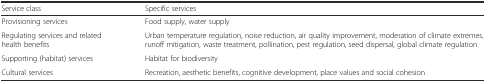
<table><thead><tr><td><b>Service class</b></td><td><b>Specific services</b></td></tr></thead><tbody><tr><td>Provisioning services</td><td>Food supply, water supply</td></tr><tr><td>Regulating services and related health benefits</td><td>Urban temperature regulation, noise reduction, air quality improvement, moderation of climate extremes, runoff mitigation, waste treatment, pollination, pest regulation, seed dispersal, global climate regulation</td></tr><tr><td>Supporting (habitat) services</td><td>Habitat for biodiversity</td></tr><tr><td>Cultural services</td><td>Recreation, aesthetic benefits, cognitive development, place values and social cohesion</td></tr></tbody></table>